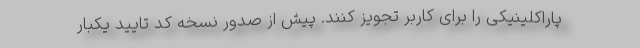
پاراکلینیکی را برای کاربر تجویز کنند. پیش از صدور نسخه کد تایید یکبار